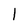
Character: 1